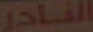
النادر